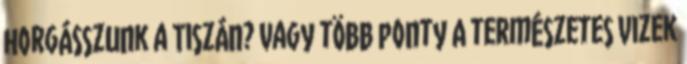
horgásszunk a Tiszán? vagy több ponty A természetes vizek